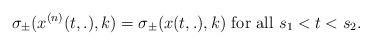
LaTeX: \begin{align*}\sigma_\pm(x^{(n)}(t,.),k) = \sigma_\pm(x(t,.),k) \ \mathrm{for \ all } \ s_1 < t < s_2.\end{align*}